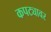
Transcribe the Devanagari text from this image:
कपट्यावर